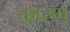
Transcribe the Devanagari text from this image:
कारण